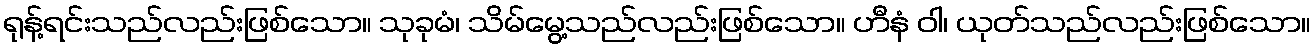
ရုန့်ရင်းသည်လည်းဖြစ်သော။ သုခုမံ၊ သိမ်မွေ့သည်လည်းဖြစ်သော။ ဟီနံ ဝါ၊ ယုတ်သည်လည်းဖြစ်သော။